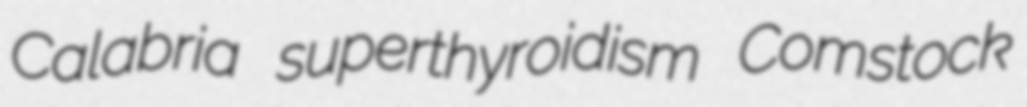
Calabria superthyroidism Comstock